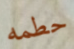
حطمه